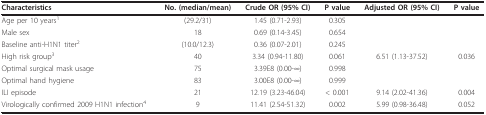
| Characteristics | No. (median/mean) | Crude OR (95% CI) | P value | Adjusted OR (95% CI) | P value |
 | --- | --- | --- | --- | --- | --- |
 | Age per 10 years1 | (29.2/31) | 1.45 (0.71-2.93) | 0.305 |  |  |
 | Male sex | 18 | 0.69 (0.14-3.45) | 0.654 |  |  |
 | Baseline anti-H1N1 titer2 | (10.0/12.3) | 0.36 (0.07-2.01) | 0.245 |  |  |
 | High risk group3 | 40 | 3.34 (0.94-11.80) | 0.061 | 6.51 (1.13-37.52) | 0.036 |
 | Optimal surgical mask usage | 75 | 3.39E8 (0.00-∞) | 0.998 |  |  |
 | Optimal hand hygiene | 83 | 3.00E8 (0.00-∞) | 0.999 |  |  |
 | ILI episode | 21 | 12.19 (3.23-46.04) | < 0.001 | 9.14 (2.02-41.36) | 0.004 |
 | Virologically confirmed 2009 H1N1 infection4 | 9 | 11.41 (2.54-51.32) | 0.002 | 5.99 (0.98-36.48) | 0.052 |